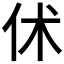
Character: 𠇲